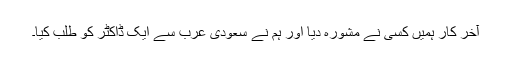
آخر کار ہمیں کسی نے مشورہ دیا اور ہم نے سعودی عرب سے ایک ڈاکٹر کو طلب کیا۔